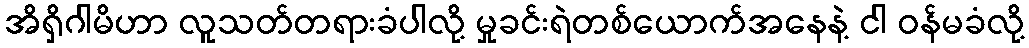
အိရှိဂါမိဟာ လူသတ်တရားခံပါလို့ မှုခင်းရဲတစ်ယောက်အနေနဲ့ ငါ ဝန်မခံလို့